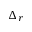
\Delta _ { r }